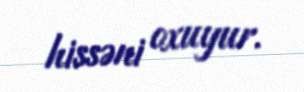
hissəni oxuyur.